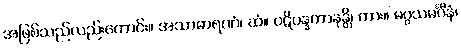
အဖြစ်သည်လည်းကောင်း။ အသာဓာရဏံ၊ ဆံ။ ပဋိပန္နကာနန္တိ၊ ကား။ မဂ္ဂသမင်္ဂီနံ၊